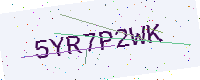
Text: 5YR7P2WK